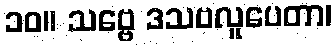
၁၀။ သဗ္ဗေ ဒသဗလူပေတာ၊